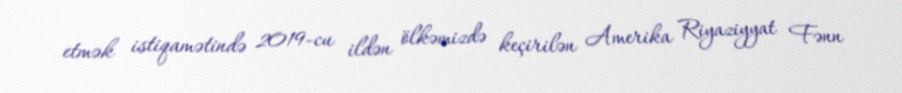
etmək istiqamətində 2019-cu ildən ölkəmizdə keçirilən Amerika Riyaziyyat Fənn